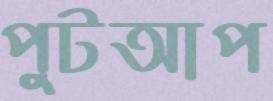
পুটআপ